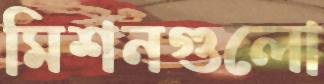
মিশনগুলো